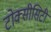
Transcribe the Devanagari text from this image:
टोक्सीसिटी